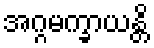
အဂ္ဂမက္ခာယန္တိ